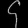
Digit: ၄